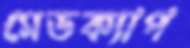
মেডক্যাপ